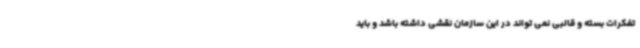
تفکرات بسته و قالبی نمی تواند در این سازمان نقشی داشته باشد و باید